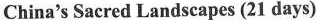
China's Sacred Landscapes (21 days)